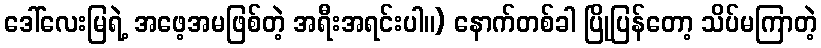
ဒေါ်လေးမြရဲ့ အဖေ့အမဖြစ်တဲ့ အရီးအရင်းပါ။) နောက်တစ်ခါ ပြိုပြန်တော့ သိပ်မကြာတဲ့